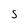
Character: s